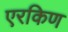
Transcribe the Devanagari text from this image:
एरकिण